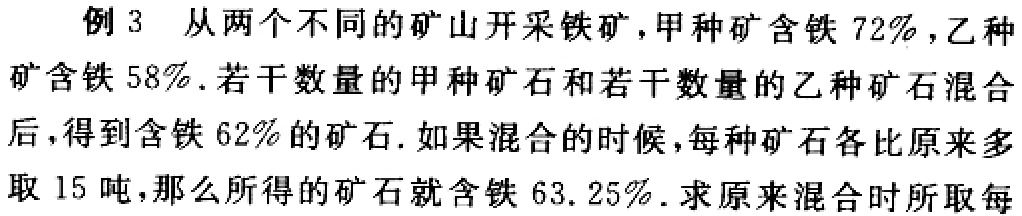
例 3 从两个不同的矿山开采铁矿，甲种矿含铁 \(72\%\)，乙种矿含铁 \(58\%\). 若干数量的甲种矿石和若干数量的乙种矿石混合后，得到含铁 \(62\%\)的矿石. 如果混合的时候，每种矿石各比原来多取 \(15\) 吨，那么所得的矿石就含铁 \(63.25\%\). 求原来混合时所取每